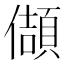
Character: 𭀂